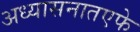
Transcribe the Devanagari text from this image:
अध्यासनातएफे